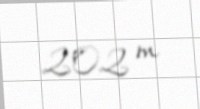
202 m